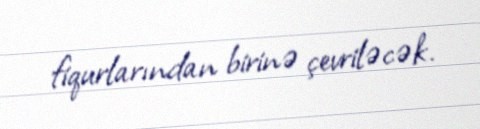
fiqurlarından birinə çevriləcək.